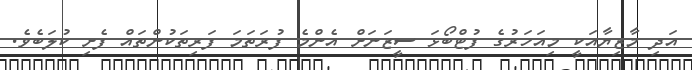
އަދި މާޒިޔާއަކީ މިއަހަރުގެ ފުޓްބޯޅަ ސީޒަނަށް އެންމެ ފުރަތަމަ ފަރިތަކުންތައް ފެށި ކުލަބެވެ.